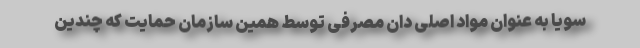
سویا به عنوان مواد اصلی دان مصرفی توسط همین سازمان حمایت که چندین